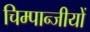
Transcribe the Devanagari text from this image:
चिम्पान्जीयों